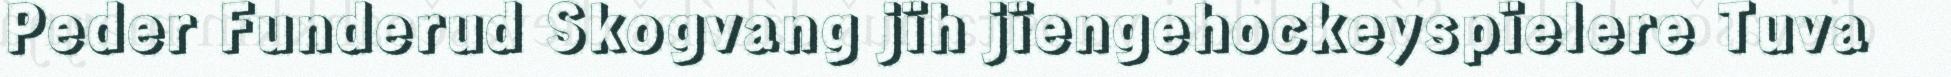
Peder Funderud Skogvang jïh jïengehockeyspïelere Tuva